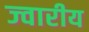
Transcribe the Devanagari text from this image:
ज्‍वारीय